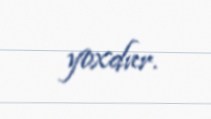
yoxdur.